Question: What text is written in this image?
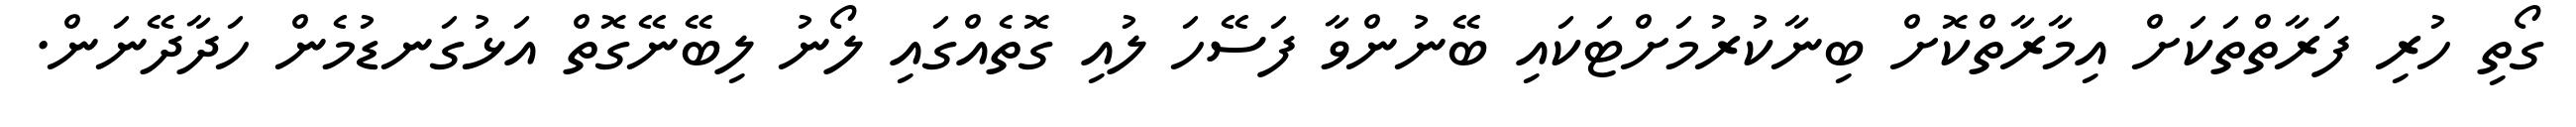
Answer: ގޯތި ހުރި ފަރާތްތަކަށް އިމާރާތްކޮށް ބިނާކުރުމަށްޓަކައި ބޭނުންވާ ފަސޭހަ ލުއި ގޮތެއްގައި ލޯނު ލިބޭނޭގޮތް އަޅުގަނޑުމެން ހަދާދޭނަން.